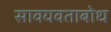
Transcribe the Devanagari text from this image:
सावयवताबोध